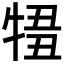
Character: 𤚄